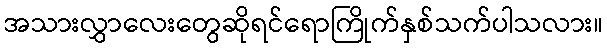
အသားလွှာလေးတွေဆိုရင်ရောကြိုက်နှစ်သက်ပါသလား။